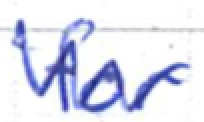
Text: for
Cross-out: zig-zag
Writing tool: ballpoint